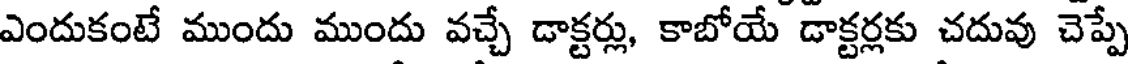
ఎందుకంటే ముందు ముందు వచ్చే డాక్టర్లు, కాబోయే డాక్టర్లకు చదువు చెప్పే